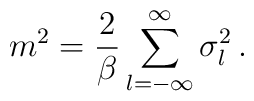
m^2 = \frac{2}{\beta} \sum_{l=-\infty}^{\infty} \sigma_{l}^{2}\,.